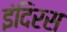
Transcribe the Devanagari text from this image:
इंदिरस